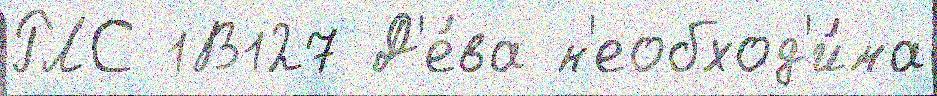
РЛС 1В127 Д'е́ва н'еобход'и́ма